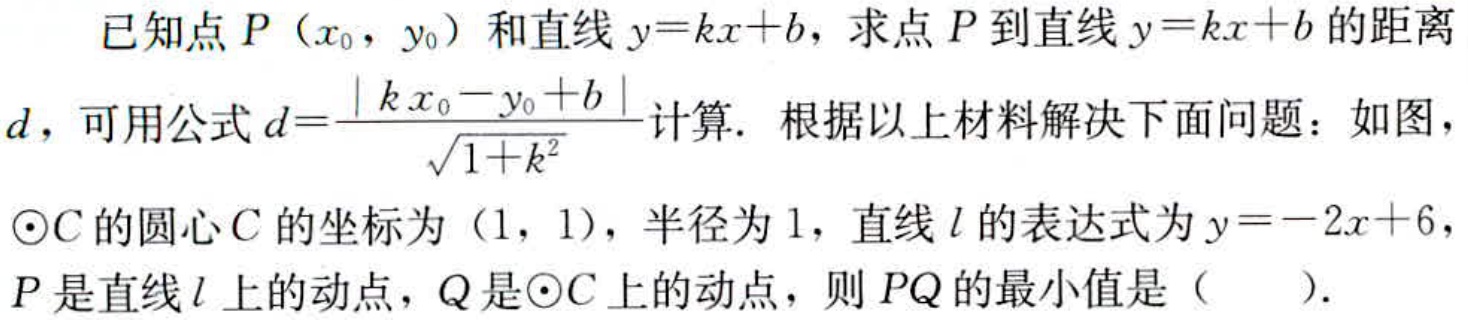
已知点\(P\left(x_{0},y_{0}\right)\)和直线\(y = kx + b\)，求点\(P\)到直线\(y = kx + b\)的距离\(d\)，可用公式\(d=\frac{\vert kx_{0}-y_{0}+b\vert}{\sqrt{1 + k^{2}}}\)计算. 根据以上材料解决下面问题：如图，\(\odot C\)的圆心\(C\)的坐标为\((1,1)\)，半径为\(1\)，直线\(l\)的表达式为\(y = - 2x + 6\)，\(P\)是直线\(l\)上的动点，\(Q\)是\(\odot C\)上的动点，则\(PQ\)的最小值是（  ）.